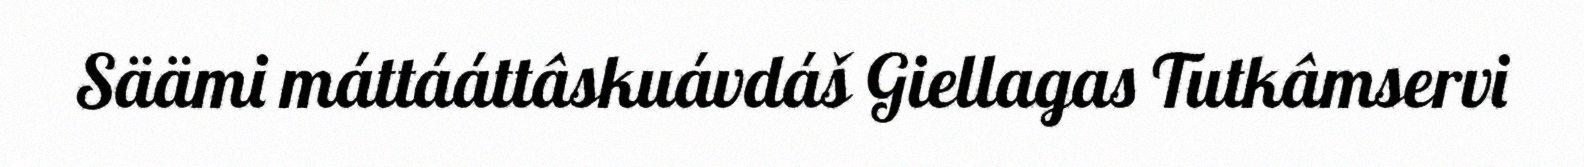
Säämi máttááttâskuávdáš Giellagas Tutkâmservi